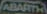
ABARTH